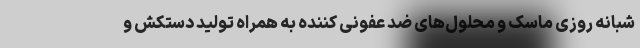
شبانه روزی ماسک و محلول‌های ضد عفونی کننده به همراه تولید دستکش و